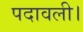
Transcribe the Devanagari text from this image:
पदावली।